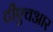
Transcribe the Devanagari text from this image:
टीएचआर